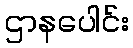
ဌာနပေါင်း